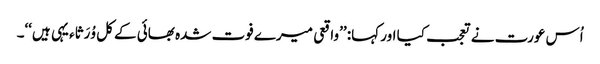
اُس عورت نے تعجب کیا اور کہا: ’’واقعی میرے فوت شدہ بھائی کے کل وُرَثاء یہی ہیں‘‘۔